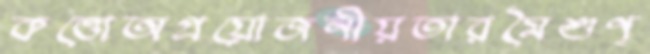
কত্তোঅপ্রয়োজনীয়তারমৈশুণ্